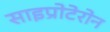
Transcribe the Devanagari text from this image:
साइप्रोटेरोन